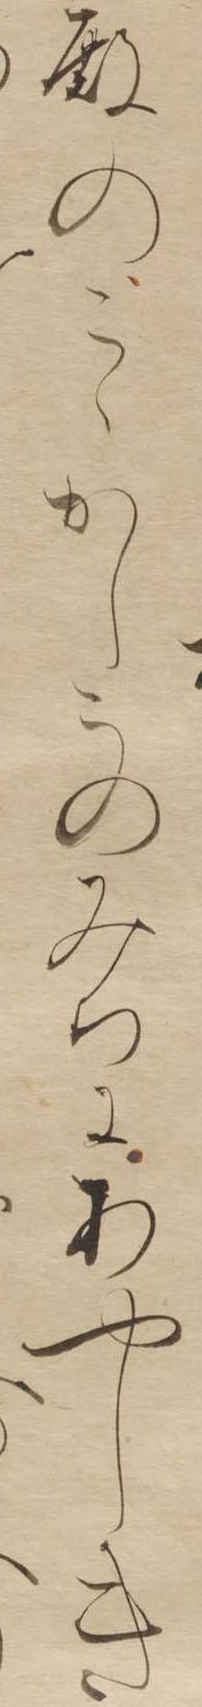
殿のこゝかしこのみちにあやしき